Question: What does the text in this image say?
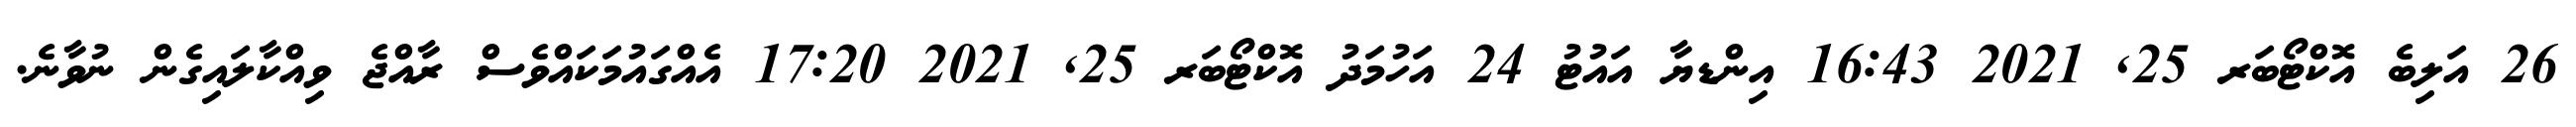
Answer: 26 އަލިބެ އޮކްޓޯބަރ 25, 2021 16:43 އިންޑޔާ އައުޓު 24 އަހުމަދު އޮކްޓޯބަރ 25, 2021 17:20 އެއްގައުމަކައްވެސް ރާއްޖެ ވިއްކާލައިގެން ނުވާނެ.